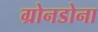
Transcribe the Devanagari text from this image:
ग्रोनडोना